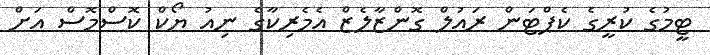
ޓީމުގެ ކުރީގެ ކެޕްޓަން ރައުލް ގޮންޒާލެޒް އެމެރިކާގެ ނިއު ޔޯކް ކޮސްމޮސް އަށް